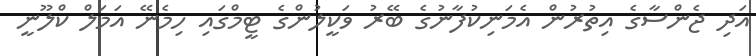
އަދި ޖެންސާގެ އިތުރުން އެމަނިކުފާނުގެ ބޭރު ވަކީލުންގެ ޓީމްގައި ހިމެނޭ އަމަލް ކްލޫނީ